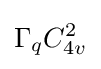
\Gamma _{q}C_{4v}^{2}